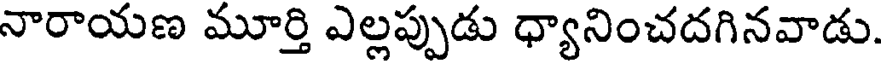
నారాయణ మూర్తి ఎల్లప్పుడు ధ్యానించదగినవాడు.